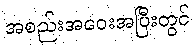
အစည်းအဝေးအပြီးတွင်